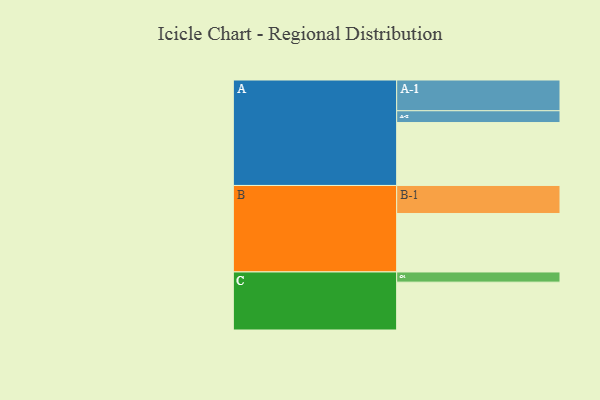
{"axis": {"x": "Segment", "y": "Value"}, "legend": ["", "A", "B", "C"], "data": [{"x": "A", "y": 581, "type": ""}, {"x": "B", "y": 540, "type": ""}, {"x": "C", "y": 442, "type": ""}, {"x": "A-1", "y": 284, "type": "A"}, {"x": "A-2", "y": 109, "type": "A"}, {"x": "B-1", "y": 259, "type": "B"}, {"x": "C-1", "y": 94, "type": "C"}]}